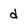
Character: d